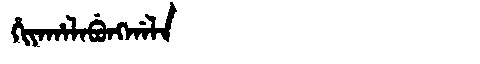
Manchu: ᡥᡳᠶᠠᡥᠠᠯᠠᠪᡠᠩᡤᠠᠯᠠ
Romanization: HIYAHALABUNGGALA